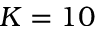
K = 1 0